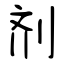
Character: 剂